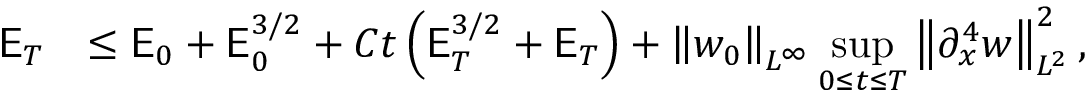
\begin{array} { r l } { \mathsf { E } _ { T } } & { \leq \mathsf { E } _ { 0 } + \mathsf { E } _ { 0 } ^ { 3 / 2 } + C t \left( \mathsf { E } _ { T } ^ { 3 / 2 } + \mathsf { E } _ { T } \right) + \left\| w _ { 0 } \right\| _ { L ^ { \infty } } \displaystyle \operatorname* { s u p } _ { 0 \leq t \leq T } \left\| \partial _ { x } ^ { 4 } w \right\| _ { L ^ { 2 } } ^ { 2 } , } \end{array}